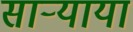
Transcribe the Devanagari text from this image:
साऱ्याया